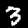
Label: 3